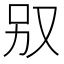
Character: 𠬱